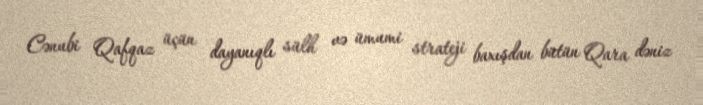
Cənubi Qafqaz üçün dayanıqlı sülh və ümumi strateji baxışdan bütün Qara dəniz